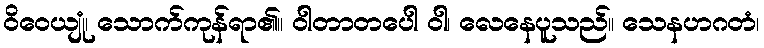
ဝိဝေယျုံ၊ သောက်ကုန်ရာ၏။ ဝါတာတပေါ ဝါ၊ လေနေပူသည်။ သေနဟဂတံ၊